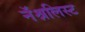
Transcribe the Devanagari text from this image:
नॅश्नलिस्ट